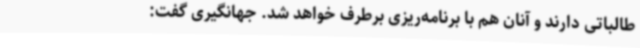
طالباتی دارند و آنان هم با برنامه‌ریزی برطرف خواهد شد. جهانگیری گفت: